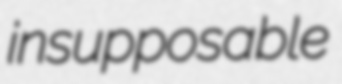
insupposable